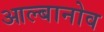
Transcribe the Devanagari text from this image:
आल्बानोव